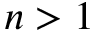
n > 1